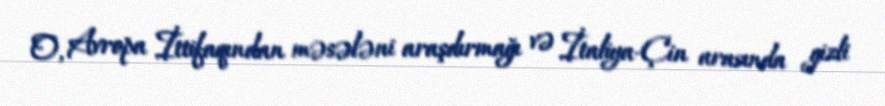
O, Avropa İttifaqından məsələni araşdırmağı və İtaliya-Çin arasında gizli